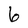
Character: 6